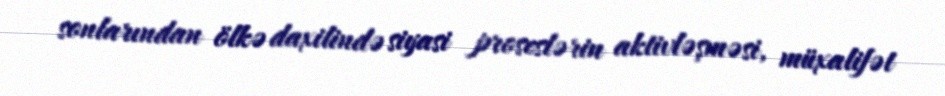
sonlarından ölkə daxilində siyasi proseslərin aktivləşməsi, müxalifət